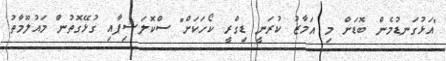
"އަޅުގަނޑުމެން ބޮޑަށް މި އަމާޒު ކުރަނީ ޑިގްރީ ކޯހަކަށް" ސްކޮލަޝިޕާއި ގުޅޭގޮތުން މައުލޫމާތު